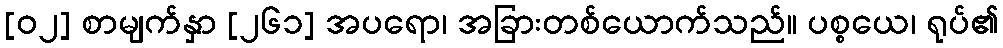
[၀၂] စာမျက်နှာ [၂၆၁] အပရော၊ အခြားတစ်ယောက်သည်။ ပစ္စယေ၊ ရုပ်၏